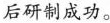
后研制成功。